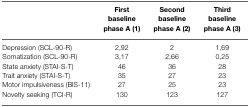
<table><thead><tr><td></td><td><b>First</b></td><td><b>Second</b></td><td><b>Third</b></td></tr><tr><td></td><td><b>baseline</b></td><td><b>baseline</b></td><td><b>baseline</b></td></tr><tr><td></td><td><b>phase A (1)</b></td><td><b>phase A (2)</b></td><td><b>phase A (3)</b></td></tr></thead><tbody><tr><td>Depression (SCL-90-R)</td><td>2,92</td><td>2</td><td>1,69</td></tr><tr><td>Somatization (SCL-90-R)</td><td>3,17</td><td>2,66</td><td>0,25</td></tr><tr><td>State anxiety (STAI-S-T)</td><td>46</td><td>36</td><td>28</td></tr><tr><td>Trait anxiety (STAI-S-T)</td><td>35</td><td>27</td><td>23</td></tr><tr><td>Motor impulsiveness (BIS-11)</td><td>27</td><td>25</td><td>23</td></tr><tr><td>Novelty seeking (TCI-R)</td><td>130</td><td>123</td><td>127</td></tr></tbody></table>